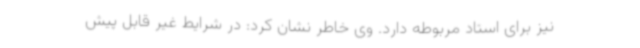
نیز برای استاد مربوطه دارد. وی خاطر نشان کرد: در شرایط غیر قابل پیش